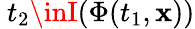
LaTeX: \ t_{2}\inI(\Phi(t_{1},\mathbf{x}))